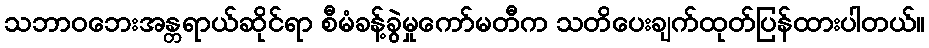
သဘာဝဘေးအန္တရာယ်ဆိုင်ရာ စီမံခန့်ခွဲမှုကော်မတီက သတိပေးချက်ထုတ်ပြန်ထားပါတယ်။